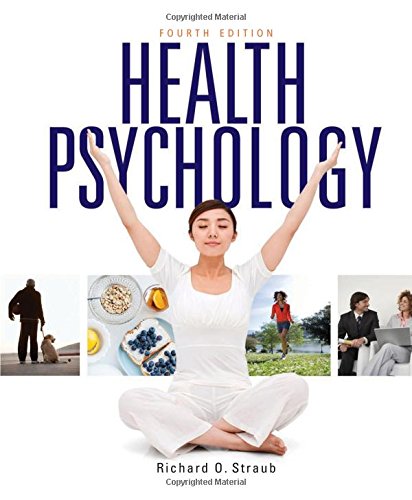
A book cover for Health Psychology: A Biopsychosocial Approach; Richard O. Straub; Medical Books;